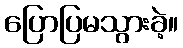
ပြောပြမသွားခဲ့။